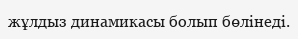
жұлдыз динамикасы болып бөлінеді.